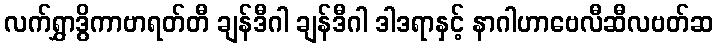
လက်ရွှာဒွိကာဗာရတ်တီ ချန်ဒီဂါ ချန်ဒီဂါ ဒါဒရာနှင့် နာဂါဟာဗေလီဆီလဗတ်ဆ